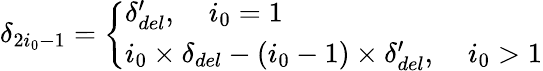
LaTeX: \delta_{2i_{0}-1}=\left\{ \begin{array}{ll}{\delta_{del}^{\prime},\; \; \; \ i_{0}=1}\\ {i_{0}\times\delta_{del}-(i_{0}-1)\times\delta_{del}^{\prime},\; \; \; \ i_{0}>1}\end{array}\right.